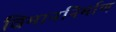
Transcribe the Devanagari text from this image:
विमाननिर्माण